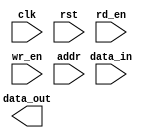
module QDR_SRAM (
    input wire clk,
    input wire rst,
    input wire rd_en,
    input wire wr_en,
    input wire [15:0] addr,
    input wire [15:0] data_in,
    output reg [15:0] data_out
);

// memory blocks and control logic here

always @(posedge clk or posedge rst) begin
    if (rst) begin
        // reset logic
    end else begin
        if (rd_en) begin
            // read operation
        end
        
        if (wr_en) begin
            // write operation
        end
    end
end

endmodule